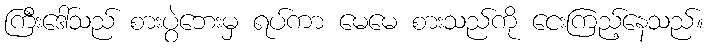
ကြီးဒေါ်သည် စားပွဲဘေးမှ ရပ်ကာ မေမေ စားသည်ကို ငေးကြည့်နေသည်။